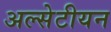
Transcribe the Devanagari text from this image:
अल्सेटीयन